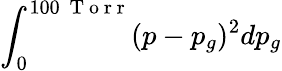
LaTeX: \int_{0}^{100~\mathrm{~T~o~r~r~}}(p-p_{g})^{2}dp_{g}